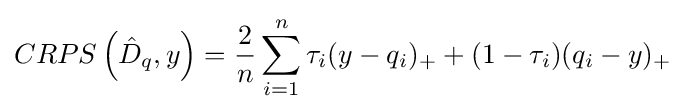
CRPS\left({\hat {D}}_{q},y\right)={\frac {2}{n}}\sum _{i=1}^{n}\tau _{i}(y-q_{i})_{+}+(1-\tau _{i})(q_{i}-y)_{+}